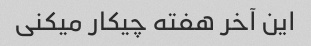
این آخر هفته چیکار میکنی